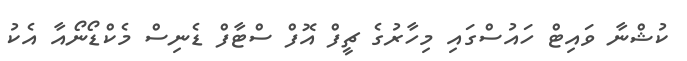
ކުޝްނާ ވައިޓް ހައުސްގައި މިހާރުގެ ޗީފް އޮފް ސްޓާފް ޑެނިސް މެކްޑޯނޯއާ އެކު